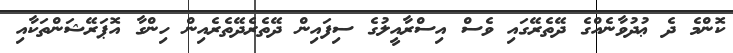
ކޮންމެ ދެ ޢުދުވާނެއްގެ ދޭތެރޭގައި ވެސް އިސްރާއީލުގެ ސިފައިން ދޭތެރެދޭތެރެއިން ހިންގާ އޮޕަރޭޝަންތަކާއި